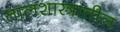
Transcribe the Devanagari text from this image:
तालशास्त्रातील